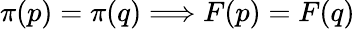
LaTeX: \pi(p)=\pi(q)\Longrightarrow F(p)=F(q)